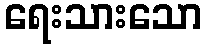
ရေးသားသော